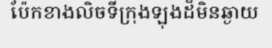
ប៉ែកខាងលិចទីក្រុងឡុងដ៏មិនឆ្ងាយ